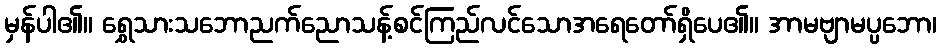
မှန်ပါ၏။ ရွှေသားသဘောညက်ညောသန့်စင်ကြည်လင်သောအရေတော်ရှိပေ၏။ အာမဗျာမပ္ပဘော၊